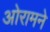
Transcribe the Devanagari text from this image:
ओरामने